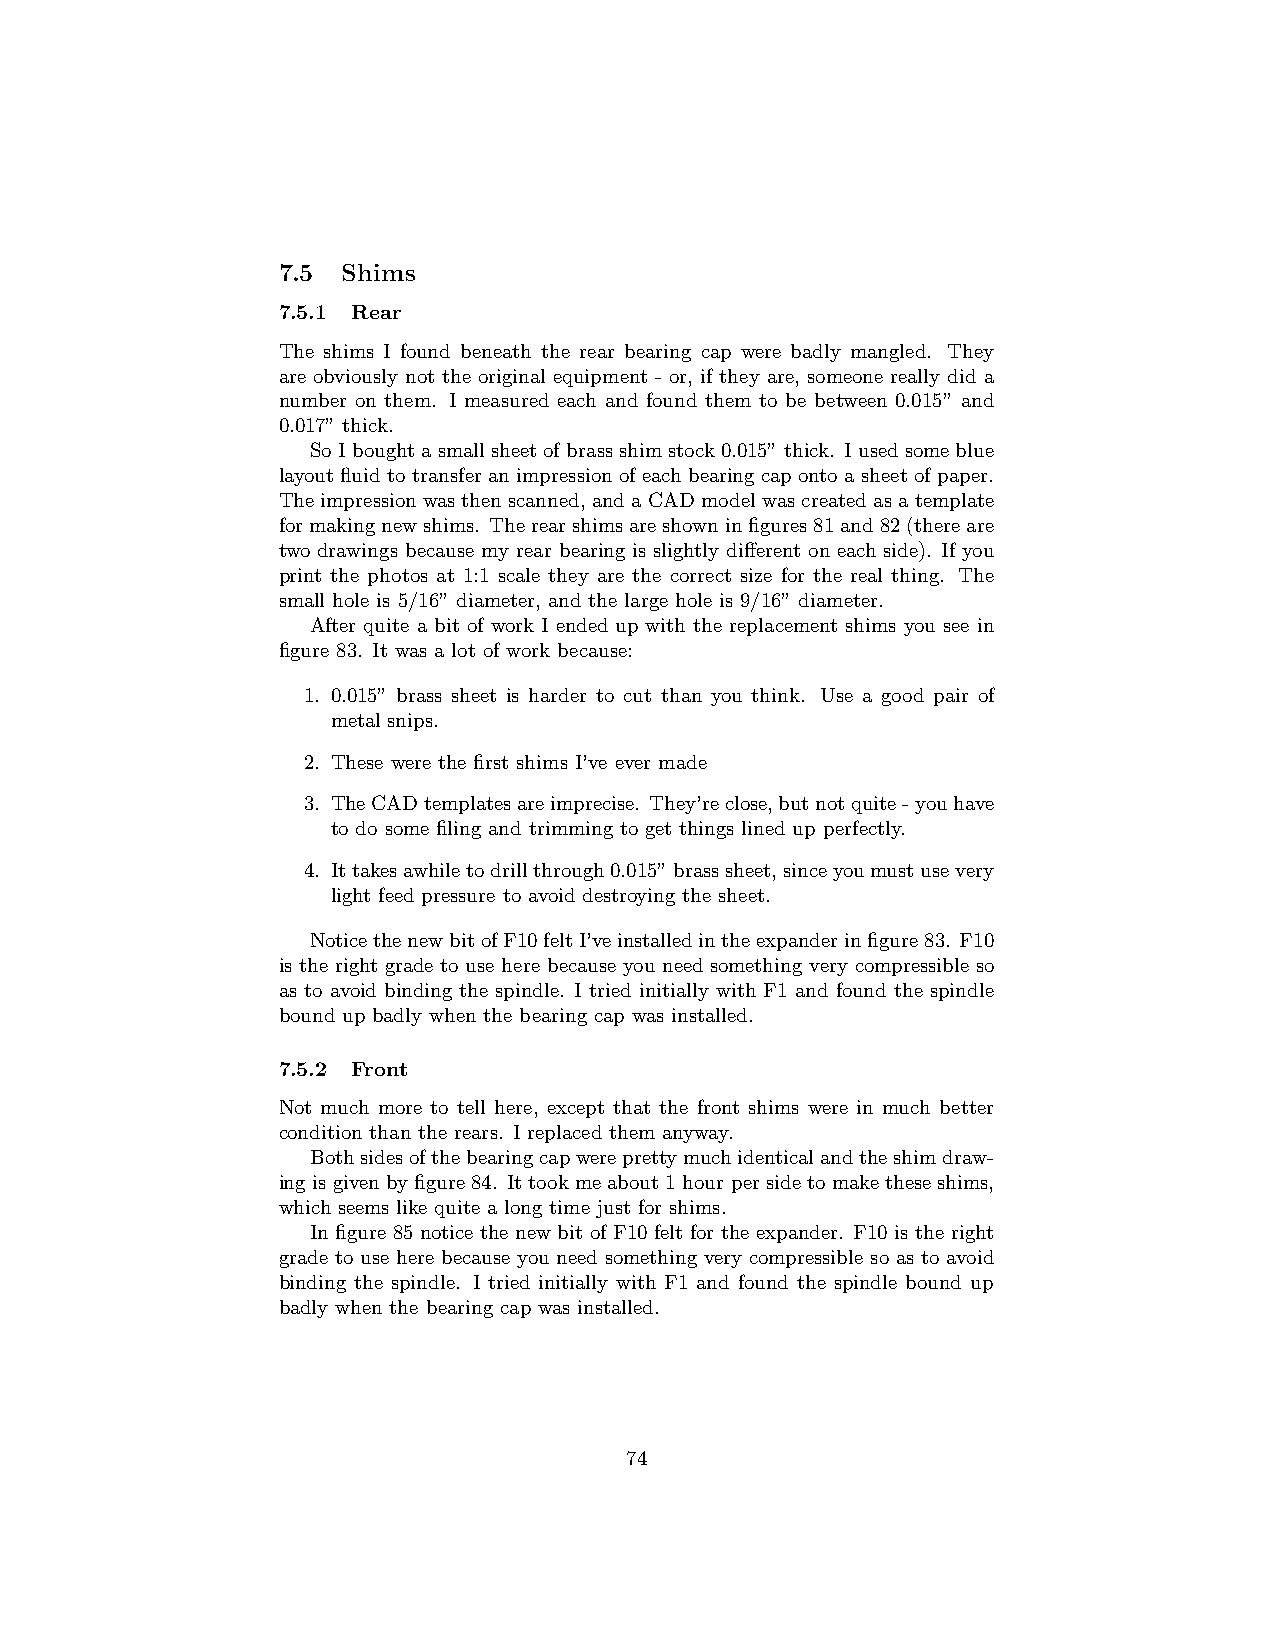
7.5  Shims
 7.5.1 Rear
 The shims I found beneath the rear bearing cap were badly mangled. They
 are obviously not the original equipment - or, if they are, someone really did a
 number on them. I measured each and found them to be between 0.015” and
 0.017” thick.
 SoIboughtasmallsheetofbrassshimstock0.015”thick. Iusedsomeblue
 layout fluid to transfer an impression of each bearing cap onto a sheet of paper.
 Theimpressionwasthenscanned, andaCADmodelwascreatedasatemplate
 formakingnewshims. Therearshimsareshowninfigures81and82(thereare
 two drawings because my rear bearing is slightly different on each side). If you
 print the photos at 1:1 scale they are the correct size for the real thing. The
 small hole is 5/16” diameter, and the large hole is 9/16” diameter.
 After quite a bit of work I ended up with the replacement shims you see in
 figure 83. It was a lot of work because:
 1. 0.015” brass sheet is harder to cut than you think. Use a good pair of
 metal snips.
 2. These were the first shims I’ve ever made
 3. TheCADtemplatesareimprecise. They’reclose,butnotquite-youhave
 to do some filing and trimming to get things lined up perfectly.
 4. Ittakesawhiletodrillthrough0.015”brasssheet,sinceyoumustusevery
 light feed pressure to avoid destroying the sheet.
 NoticethenewbitofF10feltI’veinstalledintheexpanderinfigure83. F10
 is the right grade to use here because you need something very compressible so
 as to avoid binding the spindle. I tried initially with F1 and found the spindle
 bound up badly when the bearing cap was installed.
 7.5.2 Front
 Not much more to tell here, except that the front shims were in much better
 condition than the rears. I replaced them anyway.
 Bothsidesofthebearingcapwereprettymuchidenticalandtheshimdraw-
 ingisgivenbyfigure84. Ittookmeabout1hourpersidetomaketheseshims,
 which seems like quite a long time just for shims.
 In figure 85 notice the new bit of F10 felt for the expander. F10 is the right
 grade to use here because you need something very compressible so as to avoid
 binding the spindle. I tried initially with F1 and found the spindle bound up
 badly when the bearing cap was installed.
 74